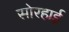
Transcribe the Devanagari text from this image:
सोरहाई